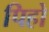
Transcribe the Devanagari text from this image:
पिहो